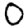
Digit: 0